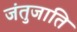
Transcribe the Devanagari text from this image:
जंतुजाति